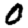
Digit: 0